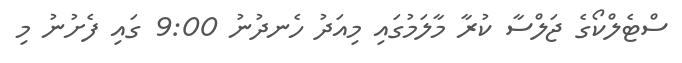
ސްޓެލްކޯގެ ޖަލްސާ ކުރާ މާލަމުގައި މިއަދު ހެނދުނު 9:00 ގައި ފެށުނު މި